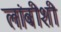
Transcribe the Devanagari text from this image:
लांबीशी